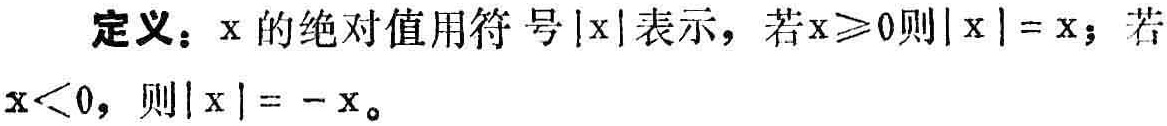
定义：$x$的绝对值用符号$|x|$表示，若$x\geqslant0$则$|x| = x$；若$x<0$，则$|x| = -x$。